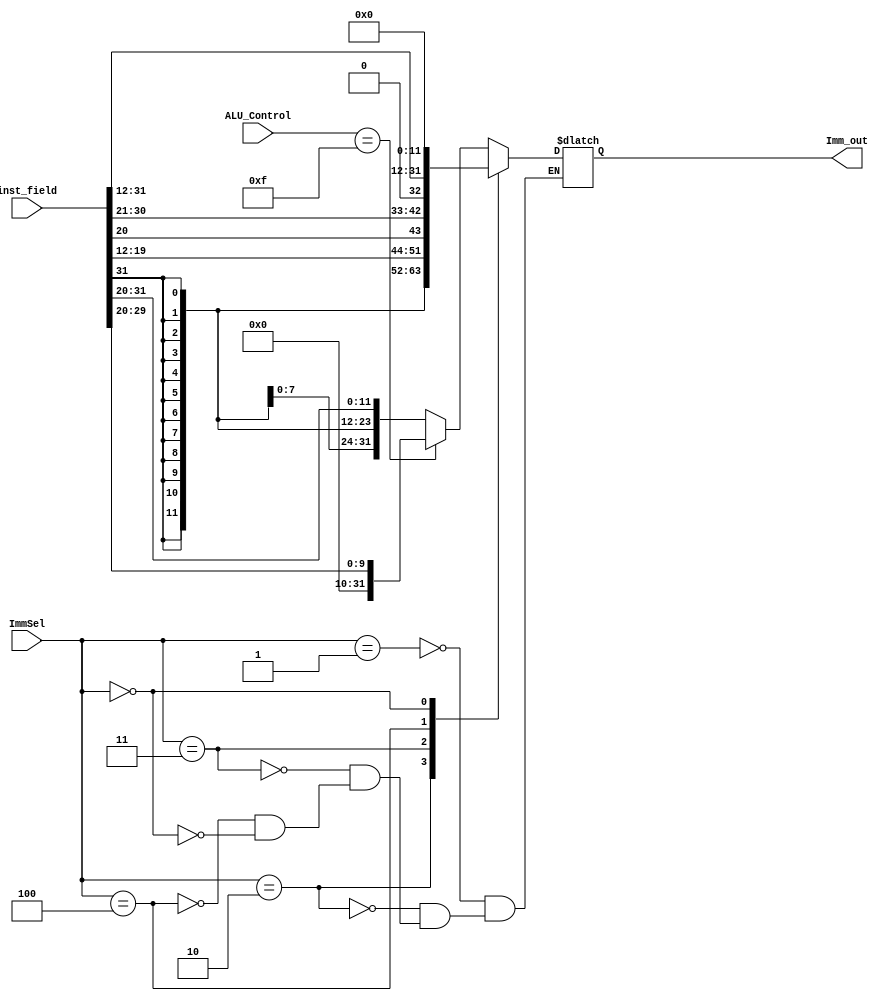
`timescale 1ns / 1ps
//////////////////////////////////////////////////////////////////////////////////
// Company: 
// Engineer: 
// 
// Design Name: 
// Module Name: ImmGen
// Project Name: 
// Target Devices: 
// Tool Versions: 
// Description: 
// 
// Dependencies: 
// 
// Revision:
// Revision 0.01 - File Created
// Additional Comments:
// 
//////////////////////////////////////////////////////////////////////////////////


module ImmGen(
input wire [2:0] ImmSel,
input wire [31:0] inst_field,
input wire [3:0] ALU_Control,
output reg [31:0] Imm_out
    );
    always@(*)
    begin
        case(ImmSel)
            3'b001: 
            if(ALU_Control == 4'b1111)
                Imm_out = {22'b0, inst_field[29:20]}; 
            else
                Imm_out = {{20{inst_field[31]}},inst_field[31:20]}; //addi
            
            3'b010: Imm_out = {{20{inst_field[31]}},inst_field[31:25],inst_field[11:7]};//s sw
            3'b011: Imm_out = {{20{inst_field[31]}},inst_field[7],inst_field[30:25],inst_field[11:8],1'b0};//b beq
            3'b100: Imm_out = {{12{inst_field[31]}},inst_field[19:12],inst_field[20],inst_field[30:21],1'b0};//j jal
            3'b000: Imm_out = {inst_field[31:12],12'h000}; //lui
        endcase
    end
endmodule